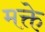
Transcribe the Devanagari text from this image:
मक्ते